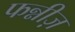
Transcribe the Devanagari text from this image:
फन्नीज़